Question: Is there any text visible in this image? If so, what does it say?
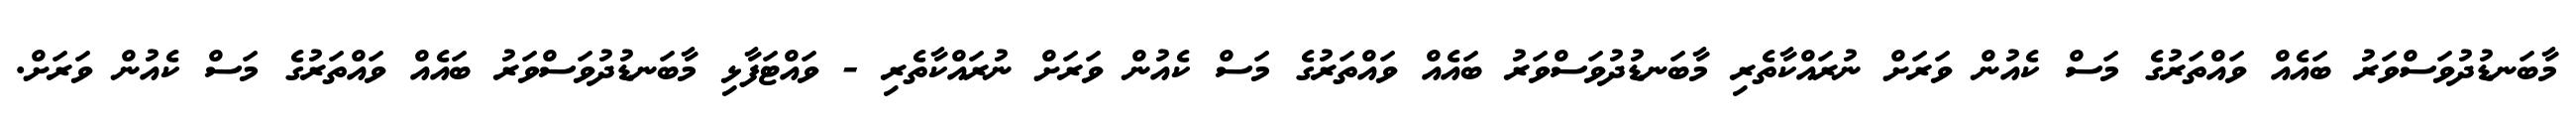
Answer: މާބަނޑުދުވަސްވަރު ބައެއް ވައްތަރުގެ މަސް ކެއުން ވަރަށް ނުރައްކާތެރި މާބަނޑުދުވަސްވަރު ބައެއް ވައްތަރުގެ މަސް ކެއުން ވަރަށް ނުރައްކާތެރި - ވައްޓަފާޅި މާބަނޑުދުވަސްވަރު ބައެއް ވައްތަރުގެ މަސް ކެއުން ވަރަށް.